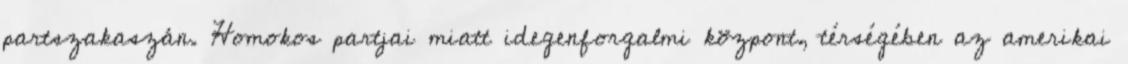
partszakaszán. Homokos partjai miatt idegenforgalmi központ, térségében az amerikai